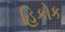
હિકોક